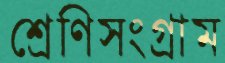
শ্রেণিসংগ্রাম